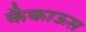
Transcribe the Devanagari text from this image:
कैकाऊस